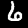
Label: 6